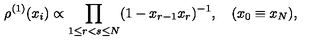
\rho ^ { ( 1 ) } ( x _ { i } ) \propto \prod _ { 1 \leq r < s \leq N } ( 1 - x _ { r - 1 } x _ { r } ) ^ { - 1 } , \quad ( x _ { 0 } \equiv x _ { N } ) ,